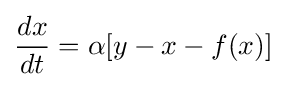
{\frac {dx}{dt}}=\alpha [y-x-f(x)]